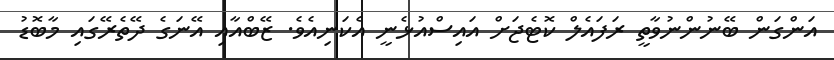
އަންގަން ބޭނުންނުވާތީ ރަފައެލް ކޮޓެޖަށް އައިސްއުޅެނީ އެކަނިއެވެ. ޒޭބްއާއި އޭނަގެ ދޭތެރޭގައި މާބޮޑު